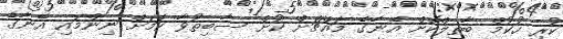
ކުރި ހުކުމް ބާތިލްކޮށް އޭނާގެ މައްޗަށް ކުށް ސާބިތުވާ ކަމަށް ނިންމައި އޭނާގެ